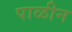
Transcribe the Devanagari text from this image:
पाळीन